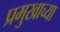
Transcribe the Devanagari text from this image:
प्रमुखाच्या